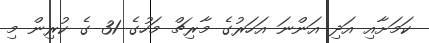
ކަމަށާއި އަދި އަންނަ އަހަރުގެ މާރިޗް މަހުގެ 31 ގެ ކުރިން މި